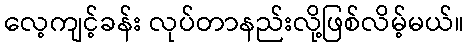
လေ့ကျင့်ခန်း လုပ်တာနည်းလို့ဖြစ်လိမ့်မယ်။